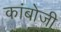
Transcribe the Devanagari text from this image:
कांबोजी